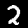
Digit: 2